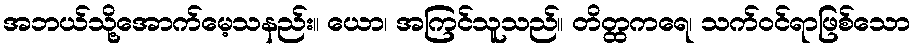
အဘယ်သို့အောက်မေ့သနည်း။ ယော၊ အကြင်သူသည်။ တိတ္ထကရေ၊ သက်ဝင်ရာဖြစ်သော